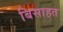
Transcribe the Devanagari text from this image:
बिसाहत